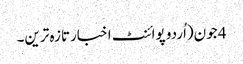
4 جون(اُردو پوائنٹ اخبارتازہ ترین۔